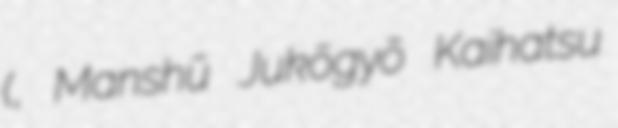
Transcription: (満州重工業開発株式会社, Manshū Jukōgyō Kaihatsu